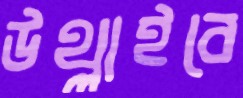
উথ্‌লাইবে